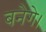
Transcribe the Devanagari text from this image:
बनेगे।